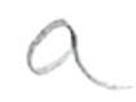
Text: a
Cross-out: clean
Writing tool: pencil